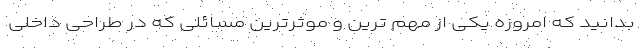
بدانید که امروزه یکی از مهم ترین و موثرترین مسائلی که در طراحی داخلی